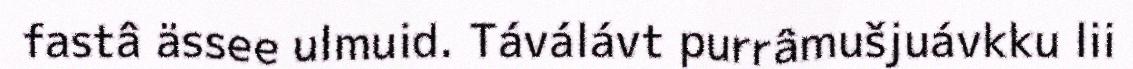
fastâ ässee ulmuid. Táválávt purrâmušjuávkku lii